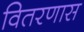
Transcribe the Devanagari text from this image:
वितरणास